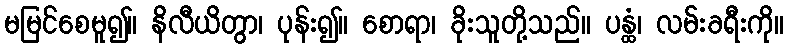
မမြင်စေမူ၍။ နိလီယိတွာ၊ ပုန်း၍။ စောရာ၊ ခိုးသူတို့သည်။ ပန္ထံ၊ လမ်းခရီးကို။